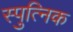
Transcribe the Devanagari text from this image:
स्पुत्निक